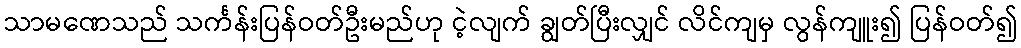
သာမဏေသည် သင်္ကန်းပြန်ဝတ်ဦးမည်ဟု ငဲ့လျက် ချွတ်ပြီးလျှင် လိင်ကျမှ လွန်ကျူး၍ ပြန်ဝတ်၍